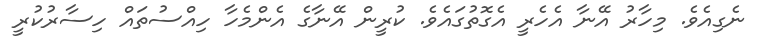
ނެގިއެވެ. މިހާރު އޭނާ އެހެރީ އެގޮތުގައެވެ. ކުރީން އޭނާގެ އެންމެހާ ހިއްސުތައް ހިސާރުކުރީ